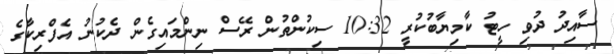
ސާއިދު ދުވި ހީޓު ކާމިޔާބުކުރީ 10:32 ސިކުންތުން ރޭސް ނިންމައިގެން ދެކުނު އެފްރިކާގެ